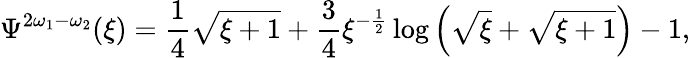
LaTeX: \Psi^{2\omega_{1}-\omega_{2}}(\xi)=\frac{1}{4}\sqrt{\xi+1}+\frac{3}{4}\xi^{-\frac{1}{2}}\log{\left(\sqrt{\xi}+\sqrt{\xi+1}\right)}-1,